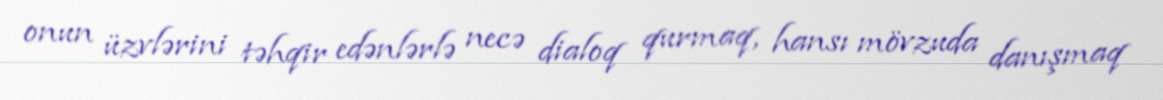
onun üzvlərini təhqir edənlərlə necə dialoq qurmaq, hansı mövzuda danışmaq